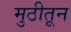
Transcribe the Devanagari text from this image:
मुठीतून